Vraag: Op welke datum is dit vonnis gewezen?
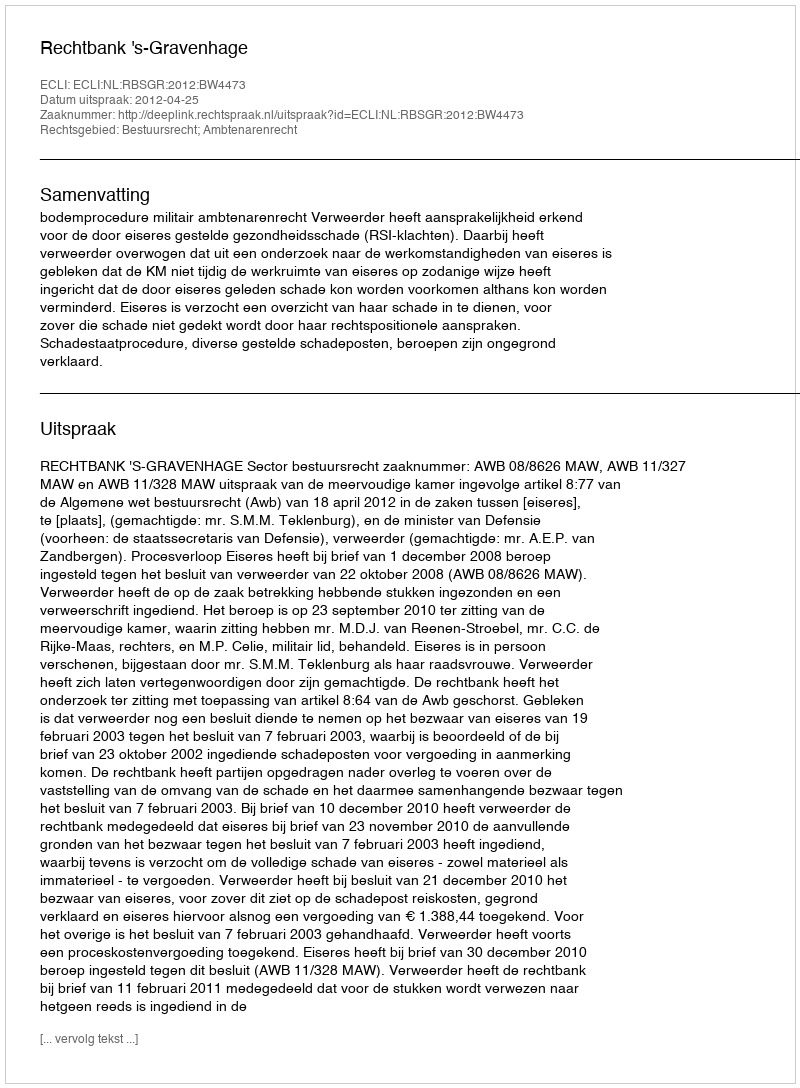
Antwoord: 2012-04-25